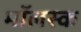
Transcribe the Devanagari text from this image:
मॉलस्क